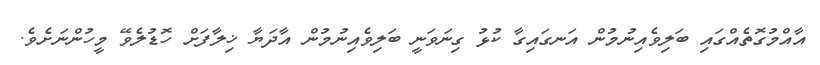
އާއްމުގޮތެއްގައި ބަލިވެއިނުމުން އަނގައިގާ ކުޅު ގިނަވަނީ ބަލިވެއިނުމުން އާދަޔާ ޚިލާފަށް ހޮޑުލެވޭ މީހުންނަށެވެ.